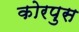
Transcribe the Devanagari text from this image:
कोरपुस